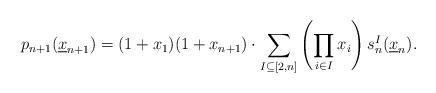
LaTeX: \begin{align*}p_{n+1}(\underline x_{n+1}) = (1+x_1)(1+x_{n+1})\cdot \sum_{I\subseteq [2,n]} \left( \prod_{i\in I} x_i \right) s_n^I (\underline x_n) .\end{align*}